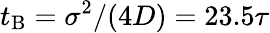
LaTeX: t_{\mathrm{B}}=\sigma^{2}/(4D)=23.5\tau